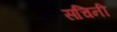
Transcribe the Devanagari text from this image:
सचिनी